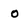
Character: 0